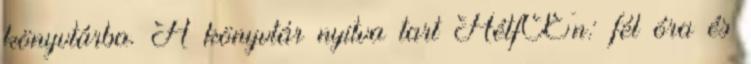
könyvtárba. A könyvtár nyitva tart HétfŒn: fél óra és